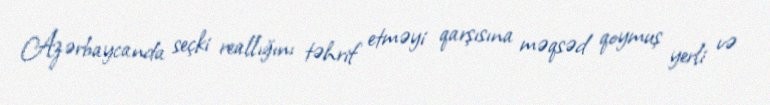
Azərbaycanda seçki reallığını təhrif etməyi qarşısına məqsəd qoymuş yerli və